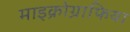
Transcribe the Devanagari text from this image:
माइक्रोग्राफिया